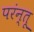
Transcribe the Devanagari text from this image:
परंन्तू